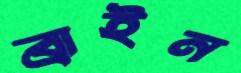
ব্রাইন